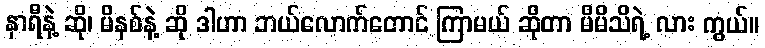
နာရီနဲ့ ဆို၊ မိနစ်နဲ့ ဆို ဒါဟာ ဘယ်လောက်တောင် ကြာမယ် ဆိုတာ မိမိသိရဲ့ လား ကွယ်။